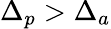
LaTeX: \Delta_{p}>\Delta_{a}